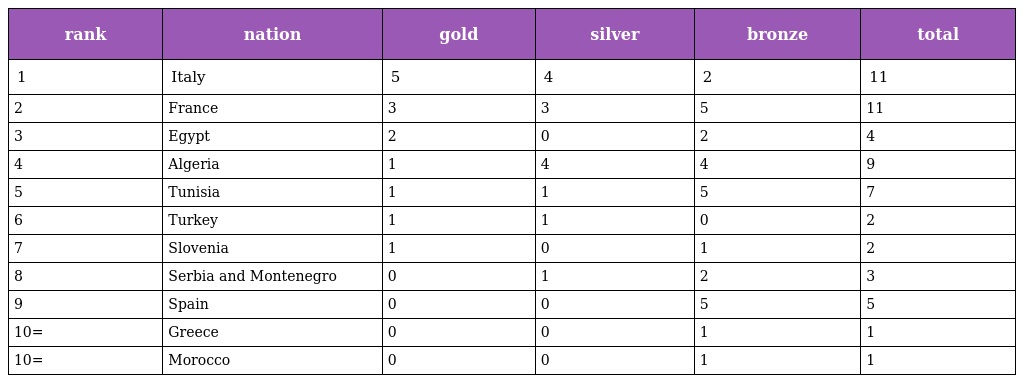
| rank | nation | gold | silver | bronze | total |
 | --- | --- | --- | --- | --- | --- |
 | 1 | Italy | 5 | 4 | 2 | 11 |
 | 2 | France | 3 | 3 | 5 | 11 |
 | 3 | Egypt | 2 | 0 | 2 | 4 |
 | 4 | Algeria | 1 | 4 | 4 | 9 |
 | 5 | Tunisia | 1 | 1 | 5 | 7 |
 | 6 | Turkey | 1 | 1 | 0 | 2 |
 | 7 | Slovenia | 1 | 0 | 1 | 2 |
 | 8 | Serbia and Montenegro | 0 | 1 | 2 | 3 |
 | 9 | Spain | 0 | 0 | 5 | 5 |
 | 10= | Greece | 0 | 0 | 1 | 1 |
 | 10= | Morocco | 0 | 0 | 1 | 1 |